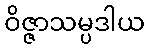
ဝိဇ္ဇာသမ္ပဒါယ